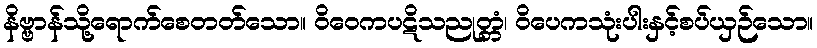
နိဗ္ဗာန်သို့ရောက်စေတတ်သော။ ဝိဝေကပဋိသညုတ္တံ၊ ဝိပေကသုံးပါးနှင့်စပ်ယှဉ်သော။